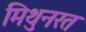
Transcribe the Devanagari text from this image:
मिथुनरत